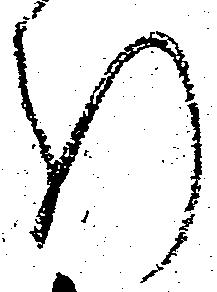
引